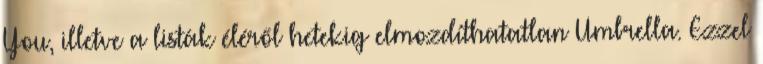
You, illetve a listák éléről hetekig elmozdíthatatlan Umbrella. Ezzel